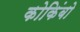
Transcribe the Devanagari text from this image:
कोकिंबो